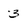
Character: 3